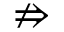
\nRightarrow